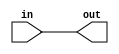
//
//
//
//
//
//
//
//
`timescale 1ns / 1ps

//
//
module direct_interc(in,
                     out);
//
input [0:0] in;
//
output [0:0] out;

//
//


//
//

wire [0:0] in;
wire [0:0] out;
	assign out[0] = in[0];
endmodule
//


//